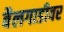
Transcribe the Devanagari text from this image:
बैलगाडीवर